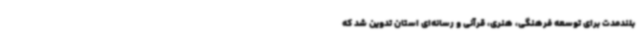
بلندمدت برای توسعه فرهنگی، هنری، قرآنی و رسانه‌ای استان تدوین شد که